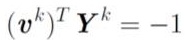
$\left(\boldsymbol{v}^{k}\right)^{T} \boldsymbol{Y}^{k}=-1$